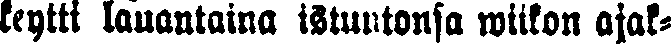
keytti lauantaina istuntonsa wiikon ajak-